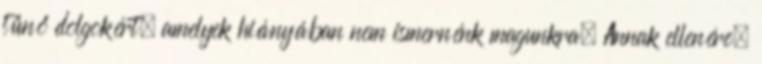
tűnő dolgokért, amelyek hiányában nem ismernénk magunkra. Annak ellenére,